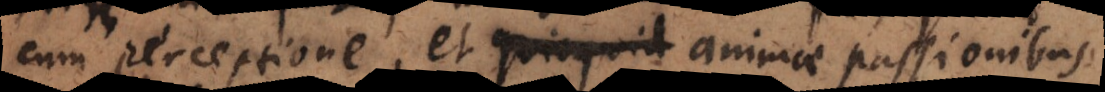
cum perceptione, et animae passionibus